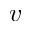
v